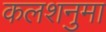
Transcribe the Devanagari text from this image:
कलशनुमा